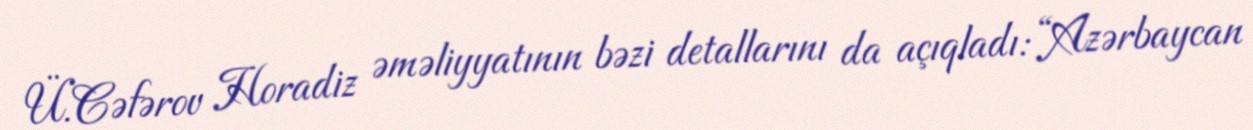
Ü.Cəfərov Horadiz əməliyyatının bəzi detallarını da açıqladı: “Azərbaycan